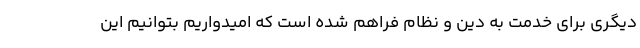
دیگری برای خدمت به دین و نظام فراهم شده است که امیدواریم بتوانیم این